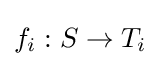
f_{i}:S\to T_{i}